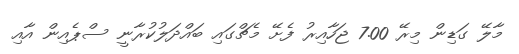
މާލޭ ގަޑިން މިރޭ 7.00 ޖަހާއިރު ފެށޭ މެޗްގައި ބައްދަލުކުރާނީ ސްޕެއިން އާއި